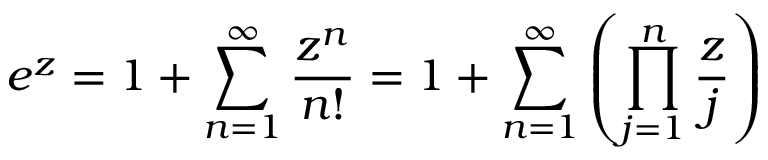
e ^ { z } = 1 + \sum _ { n = 1 } ^ { \infty } { \frac { z ^ { n } } { n ! } } = 1 + \sum _ { n = 1 } ^ { \infty } \left( \prod _ { j = 1 } ^ { n } { \frac { z } { j } } \right)